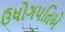
ઉધોગપતિએ